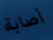
أصابة